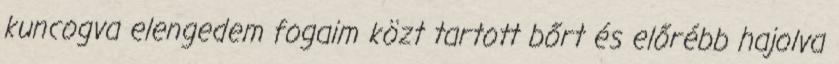
kuncogva elengedem fogaim közt tartott bőrt és előrébb hajolva